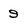
Character: 9